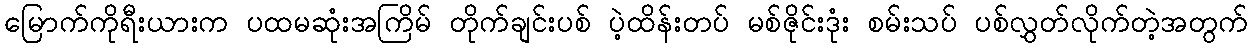
မြောက်ကိုရီးယားက ပထမဆုံးအကြိမ် တိုက်ချင်းပစ် ပဲ့ထိန်းတပ် မစ်ဇိုင်းဒုံး စမ်းသပ် ပစ်လွှတ်လိုက်တဲ့အတွက်